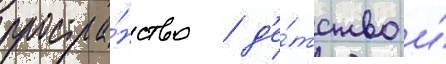
простра́нство / д'е́тство и́